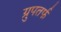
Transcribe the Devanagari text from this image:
ग्रुपतर्फ